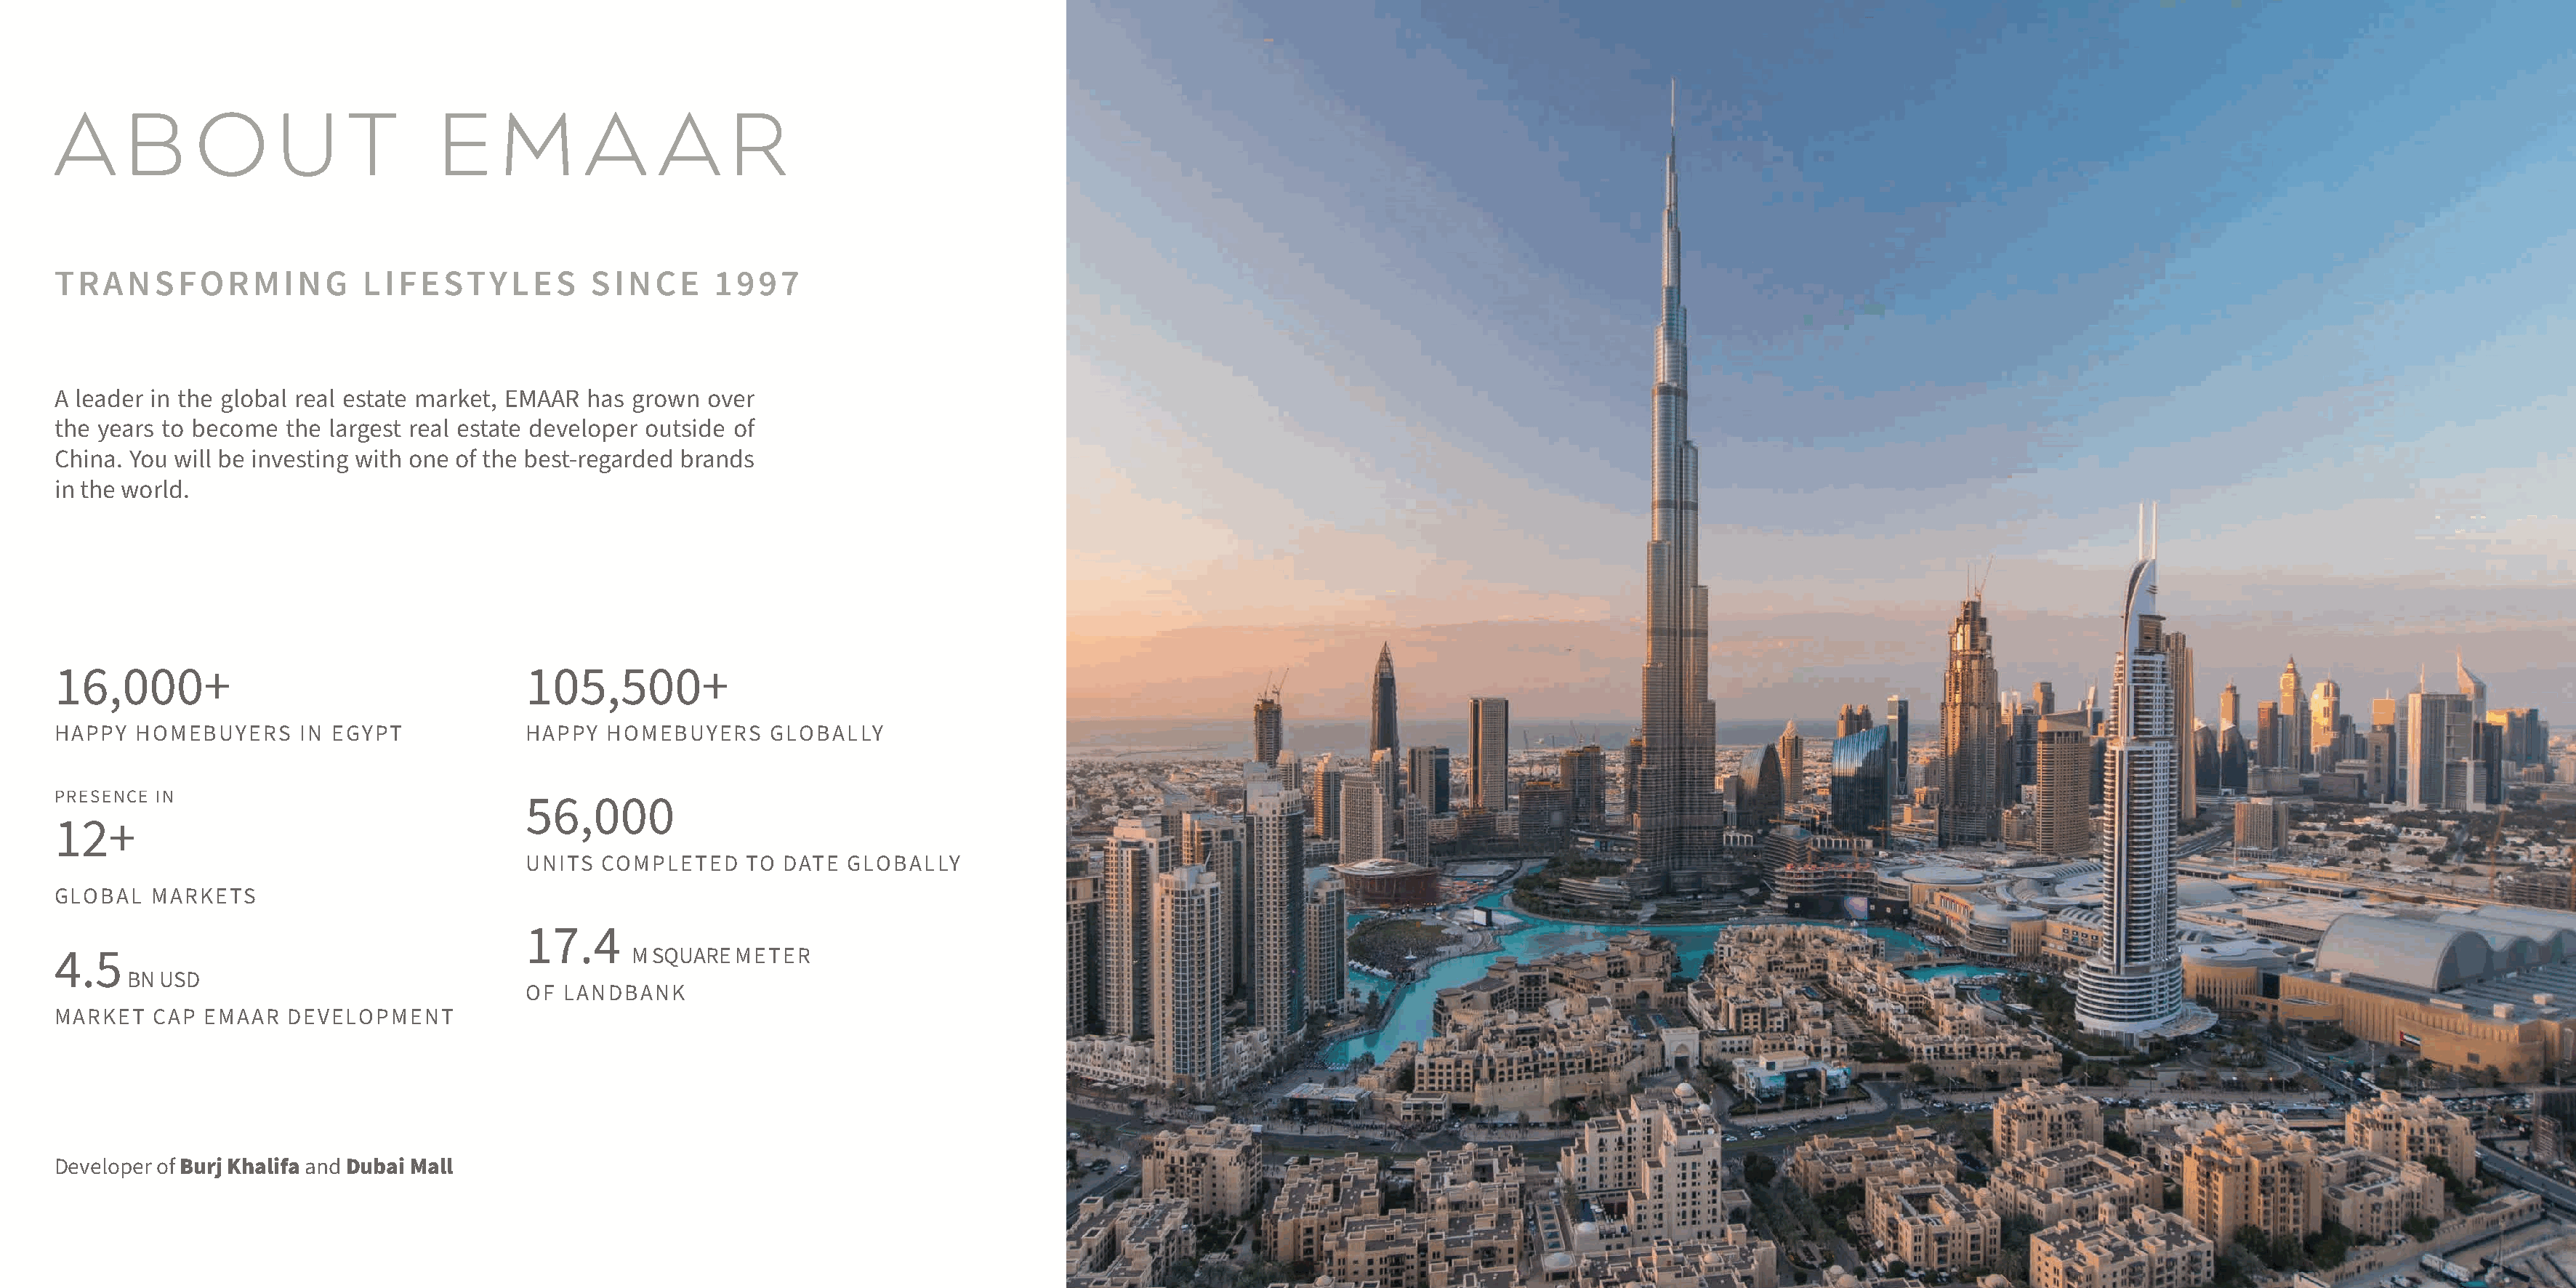
A      B     O      U      T       E     M      A      A      R
 TRANSFORMING                LIFESTYLES           SINCE      1997
 A leader in the global real estate market, EMAAR has grown over
 the years to become  the largest real estate developer outside of
 China. You will be investing with one of the best-regarded brands
 in the world.
 16,000+                                    105,500+
 HAPPY  HOMEBUYERS     IN EGYPT             HAPPY  HOMEBUYERS     GLOBALLY
 PRESENCE IN
 56,000
 12+
 UNITS  COMPLETED    TO DATE  GLOBALLY
 GLOBAL   MARKETS
 17.4
 M SQUARE METER
 4.5
 BN USD
 OF LANDBANK
 MARKET   CAP  EMAAR  DEVELOPMENT
 Developer of Burj Khalifa and Dubai Mall